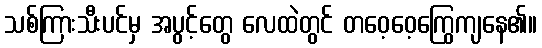
သစ်ကြားသီးပင်မှ အပွင့်တွေ လေထဲတွင် တဝေ့ဝေ့ကြွေကျနေ၏။